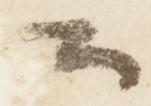
公